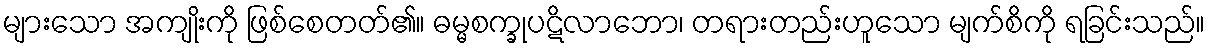
များသော အကျိုးကို ဖြစ်စေတတ်၏။ ဓမ္မစက္ခုပဋိလာဘော၊ တရားတည်းဟူသော မျက်စိကို ရခြင်းသည်။